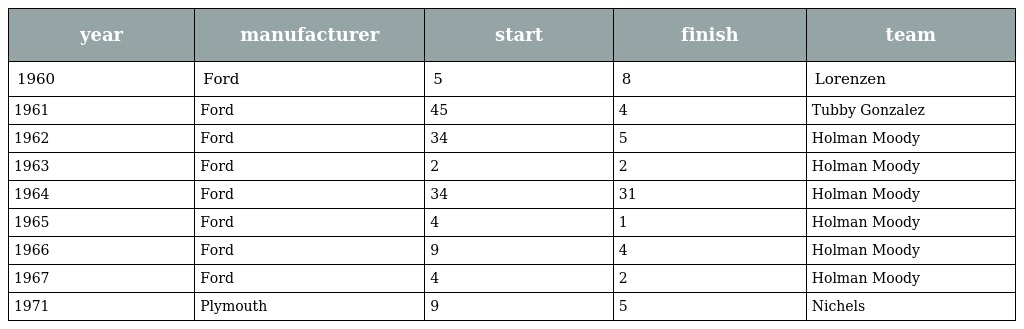
| year | manufacturer | start | finish | team |
 | --- | --- | --- | --- | --- |
 | 1960 | Ford | 5 | 8 | Lorenzen |
 | 1961 | Ford | 45 | 4 | Tubby Gonzalez |
 | 1962 | Ford | 34 | 5 | Holman Moody |
 | 1963 | Ford | 2 | 2 | Holman Moody |
 | 1964 | Ford | 34 | 31 | Holman Moody |
 | 1965 | Ford | 4 | 1 | Holman Moody |
 | 1966 | Ford | 9 | 4 | Holman Moody |
 | 1967 | Ford | 4 | 2 | Holman Moody |
 | 1971 | Plymouth | 9 | 5 | Nichels |